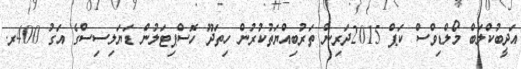
އަދީބުކްލަބް މޯލްޑިވްސް ކަޕް 2015ދަރިން ތަރުބިއްޔަތުކުރުން ހިތަދޫ ހޮސްޕިޓަލުން ޑަޔަލިސިސްގެ އަގު 400ރ.